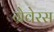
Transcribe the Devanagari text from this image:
ग्रेवेरस